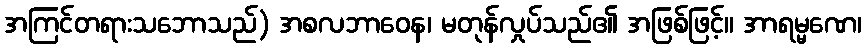
အကြင်တရားသဘောသည်) အစလဘာဝေန၊ မတုန်လှုပ်သည်၏ အဖြစ်ဖြင့်။ အာရမ္မဏေ၊